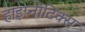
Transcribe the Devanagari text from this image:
हाइप्नोटिक्स